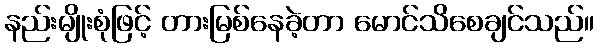
နည်းမျိုးစုံဖြင့် တားမြစ်နေခဲ့တာ မောင်သိစေချင်သည်။